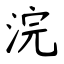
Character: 浣